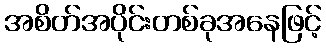
အစိတ်အပိုင်းတစ်ခုအနေဖြင့်